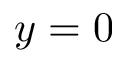
y = 0